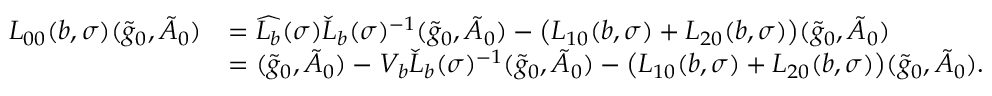
\begin{array} { r l } { L _ { 0 0 } ( b , \sigma ) ( \tilde { g } _ { 0 } , \tilde { A } _ { 0 } ) } & { = \widehat { L _ { b } } ( \sigma ) \check { L } _ { b } ( \sigma ) ^ { - 1 } ( \tilde { g } _ { 0 } , \tilde { A } _ { 0 } ) - \big ( L _ { 1 0 } ( b , \sigma ) + L _ { 2 0 } ( b , \sigma ) \big ) ( \tilde { g } _ { 0 } , \tilde { A } _ { 0 } ) } \\ & { = ( \tilde { g } _ { 0 } , \tilde { A } _ { 0 } ) - V _ { b } \check { L } _ { b } ( \sigma ) ^ { - 1 } ( \tilde { g } _ { 0 } , \tilde { A } _ { 0 } ) - \big ( L _ { 1 0 } ( b , \sigma ) + L _ { 2 0 } ( b , \sigma ) \big ) ( \tilde { g } _ { 0 } , \tilde { A } _ { 0 } ) . } \end{array}